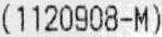
(1120908-M)